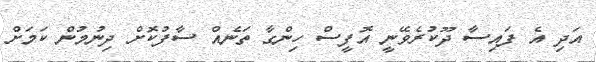
އަދި އެ ފައިސާ ދޫކުރެވޭނީ އޮފީސް ހިންގާ ތަނެއް ސާފުކޮށް ދިނުމުން ކަމަށް